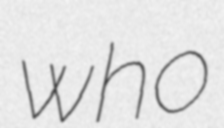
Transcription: who